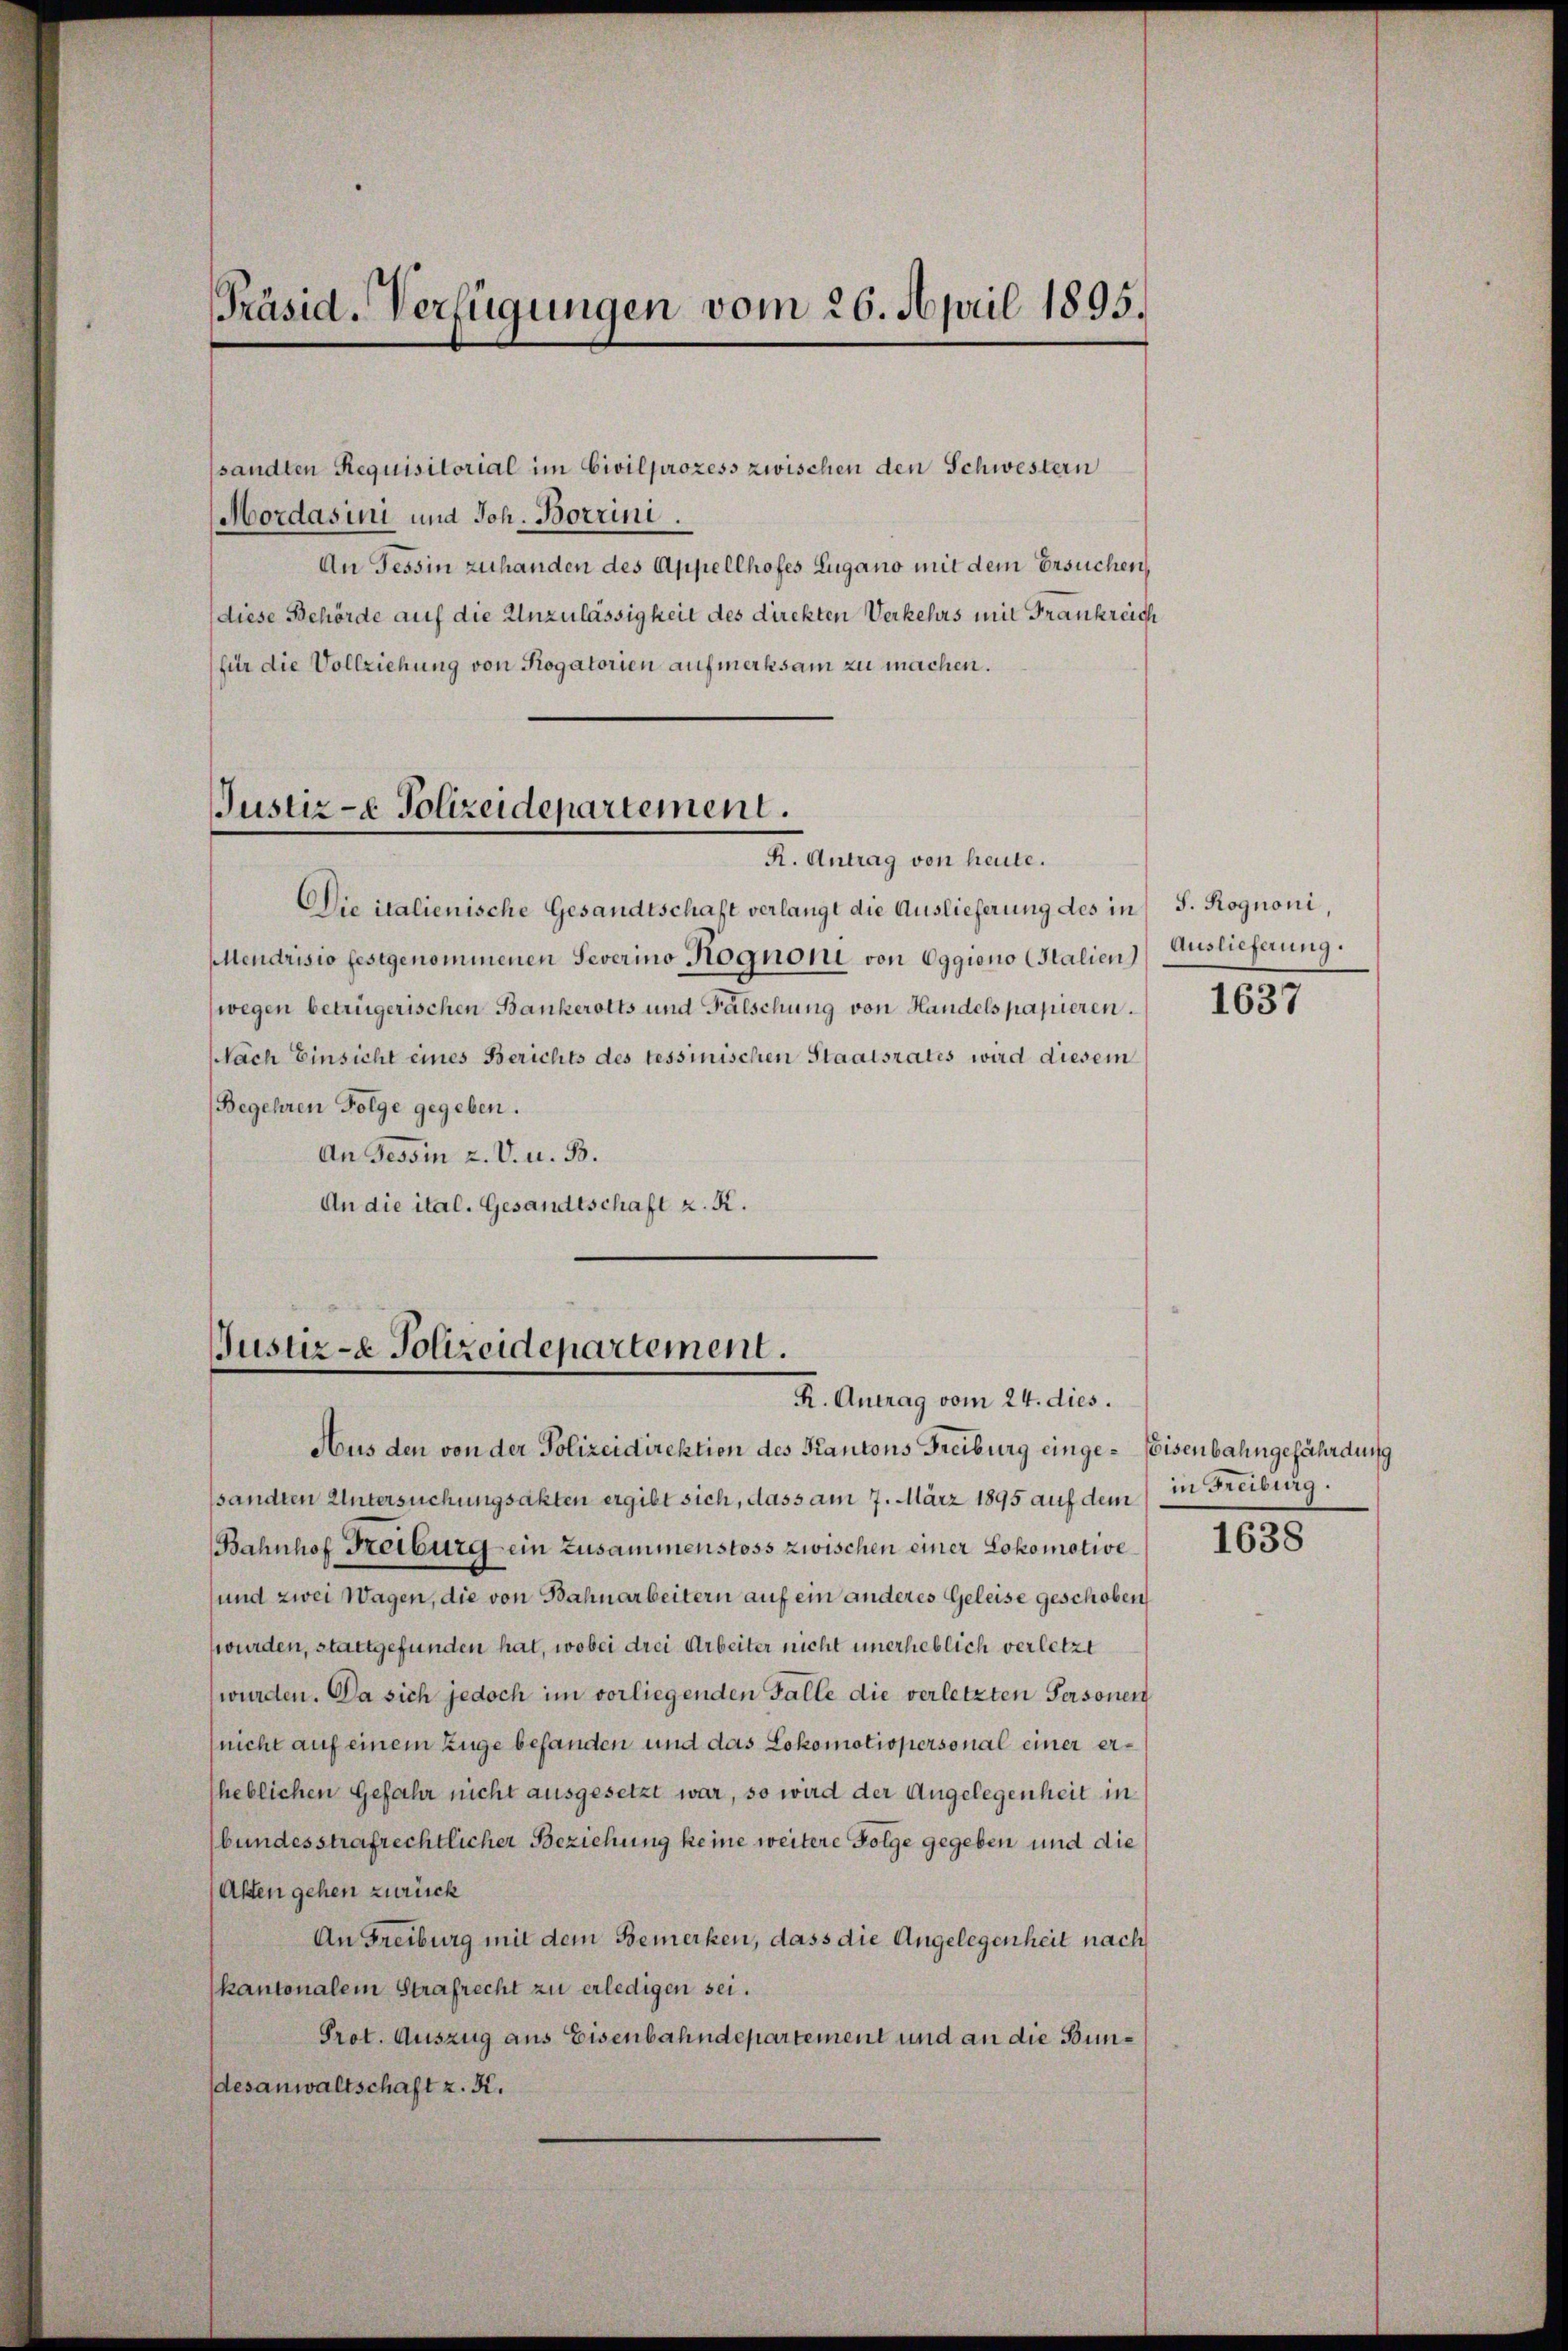
sandten Requisitorial im Civilprozess zwischen den Schwestern
Mordasini und Joh. Borrini.
An Tessin zuhanden des Appellhofes Lugano mit dem Ersuchen,
diese Behörde auf die Unzulässigkeit des direkten Verkehrs mit Frankreich
für die Vollziehung von Rogatorien aufmerksam zu machen.

Präsid-Verfügungen vom 26. April 1895.

Justiz- & Polizeidepartement.

R. Antrag von heute.
Die italienische Gesandtschaft verlangt die Auslieferung des in
Mendrisio festgenommenen Severino Nognomi von Eggiono Italien
(wegen betrügerischen Bankerotts und Fälschung von Handelspapieren.
Nach Einsicht eines Berichts des tessinischen Staatsrates wird diesem
Begehren Folge gegeben.
An Tessin 2. V. u. B.
An die ital. Gesandtschaft z. K.

Jusur-e Polizeidepartement.
R. Antrag vom 24. dies.

Aus den von der Polizeidirektion des Kantons Freiburg einge-Eisenbahngefährdung
sandten Untersuchungsakten ergibt sich, dass am 7. März 1895 auf dem in Freiburg.
Bahnhof Keiburg - ein Zusammenstoss zwischen einer Lokomotive
und zwei Wagen, die von Bahnarbeitern auf ein anderes Geleise geschoben
wurden, stattgefunden hat, wobei drei Arbeiter nicht unerlieblich verletzt
wurden. Da sich jedoch im vorliegenden Falle die verletzten Personen
(nicht auf einem Zuge befanden und das Lokomotiopersonal einer erheblichen Gefahr nicht ausgesetzt war, so wird der Angelegenheit in
bundesstrafrechtlicher Beziehung keine weitere Folge gegeben und die
Alten gehen zurück
An Freiburg mit dem Bemerken, dass die Angelegenheit nach
kantonalein Strafrecht zu erledigen sei.
Prot. Auszug aus Eisenbahndepartement und an die Bundesanwaltschaft z. K.

S. Rognoni,
Auslieferung.

1637

1638